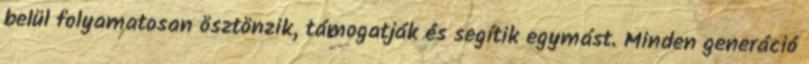
belül folyamatosan ösztönzik, támogatják és segítik egymást. Minden generáció